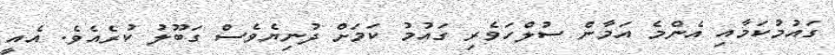
ގައުމުކަމާއި އެންމެ އަމާން ސުލްހަވެރި ގައުމު ކަމަށް ދުނިޔެވެސް ގަބޫލު ކުރެއެވެ. އެއީ